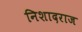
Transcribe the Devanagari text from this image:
निशादराज